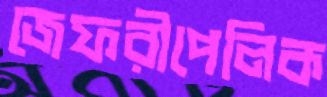
জেফরীপেলিক